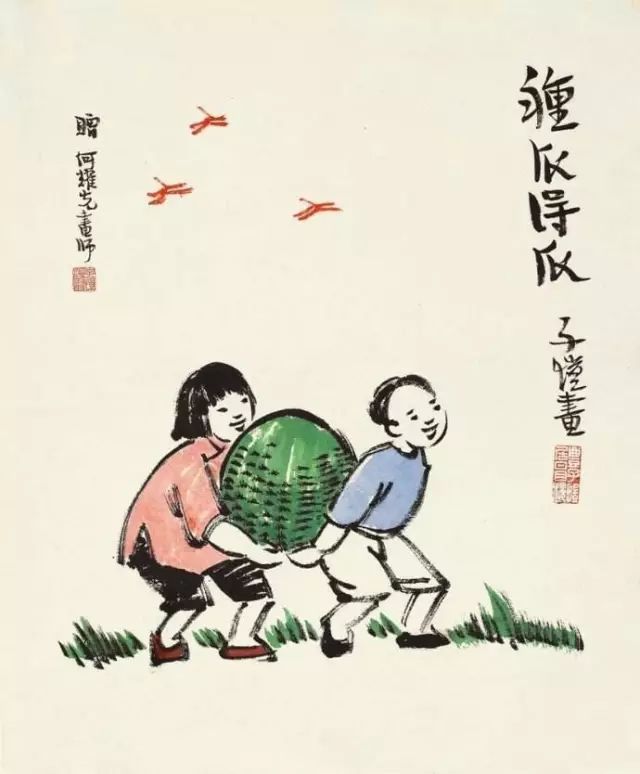
一夜娇啼缘底事，为嫌衣少缕金华。